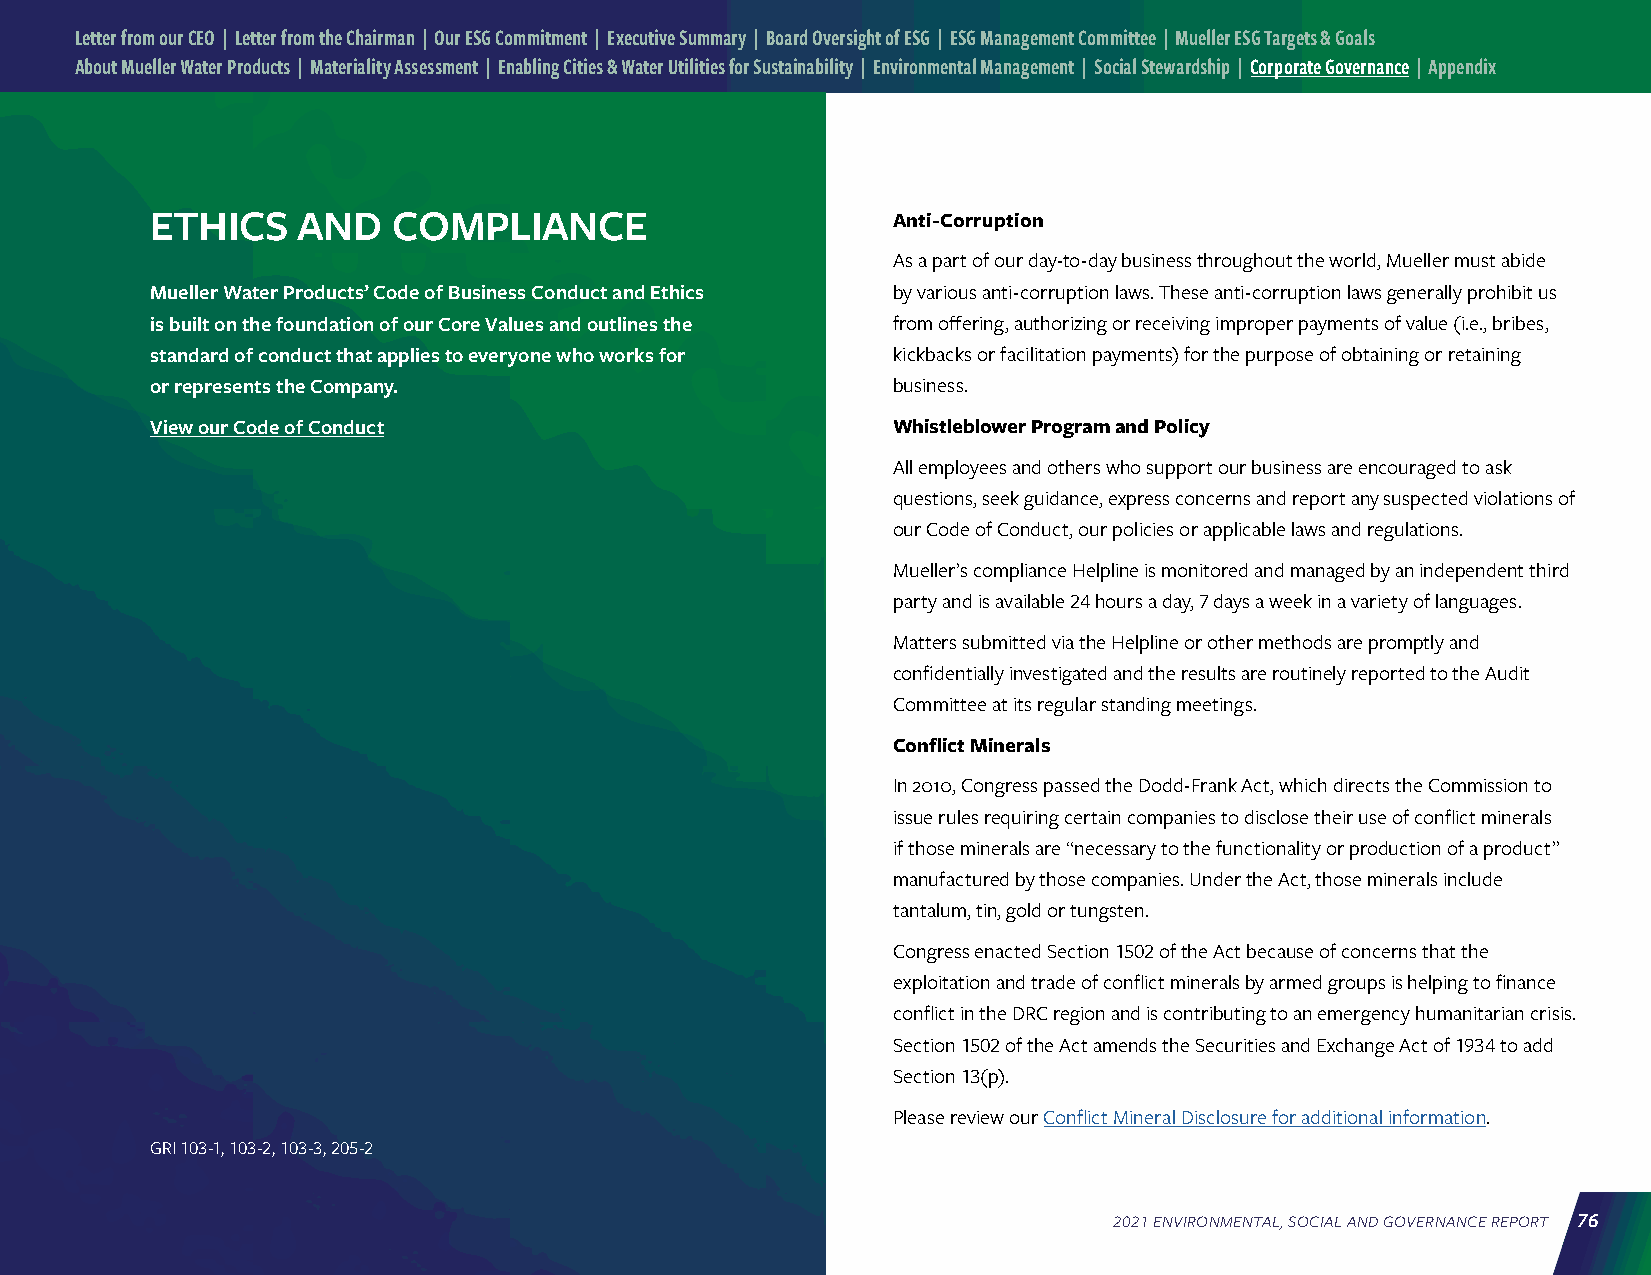
Letter from our CEO | Letter from the Chairman | Our ESG Commitment | Executive Summary | Board Oversight of ESG | ESG Management Committee | Mueller ESG Targets & Goals
 About Mueller Water Products | Materiality Assessment | Enabling Cities & Water Utilities for Sustainability | Environmental Management | Social Stewardship | Corporate Governance | Appendix
 ETHICS    AND   COMPLIANCE                       Anti-Corruption
 As a part of our day-to-day business throughout the world, Mueller must abide
 Mueller Water Products’ Code of Business Conduct and Ethics by various anti-corruption laws. These anti-corruption laws generally prohibit us
 is built on the foundation of our Core Values and outlines the from offering, authorizing or receiving improper payments of value (i.e., bribes,
 standard of conduct that applies to everyone who works for kickbacks or facilitation payments) for the purpose of obtaining or retaining
 or represents the Company.                       business.
 View our Code of Conduct                         Whistleblower Program and Policy
 All employees and others who support our business are encouraged to ask
 questions, seek guidance, express concerns and report any suspected violations of
 our Code of Conduct, our policies or applicable laws and regulations.
 Mueller’s compliance Helpline is monitored and managed by an independent third
 party and is available 24 hours a day, 7 days a week in a variety of languages.
 Matters submitted via the Helpline or other methods are promptly and
 confidentially investigated and the results are routinely reported to the Audit
 Committee at its regular standing meetings.
 Conflict Minerals
 In 2010, Congress passed the Dodd-Frank Act, which directs the Commission to
 issue rules requiring certain companies to disclose their use of conflict minerals
 if those minerals are “necessary to the functionality or production of a product”
 manufactured by those companies. Under the Act, those minerals include
 tantalum, tin, gold or tungsten.
 Congress enacted Section 1502 of the Act because of concerns that the
 exploitation and trade of conflict minerals by armed groups is helping to finance
 conflict in the DRC region and is contributing to an emergency humanitarian crisis.
 Section 1502 of the Act amends the Securities and Exchange Act of 1934 to add
 Section 13(p).
 Please review our Conflict Mineral Disclosure for additional information.
 GRI 103-1, 103-2, 103-3, 205-2
 2021 ENVIRONMENTAL, SOCIAL AND GOVERNANCE REPORT 76